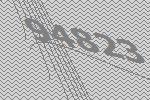
94823